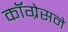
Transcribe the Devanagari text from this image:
कॉग्रेसने